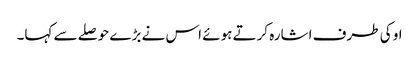
او کی طرف اشارہ کرتے ہوئے اس نے بڑے حوصلے سے کہا۔